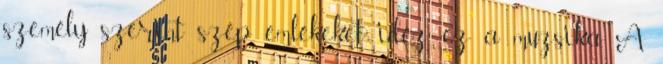
személy szerint szép emlékeket idéz ez a muzsika. A